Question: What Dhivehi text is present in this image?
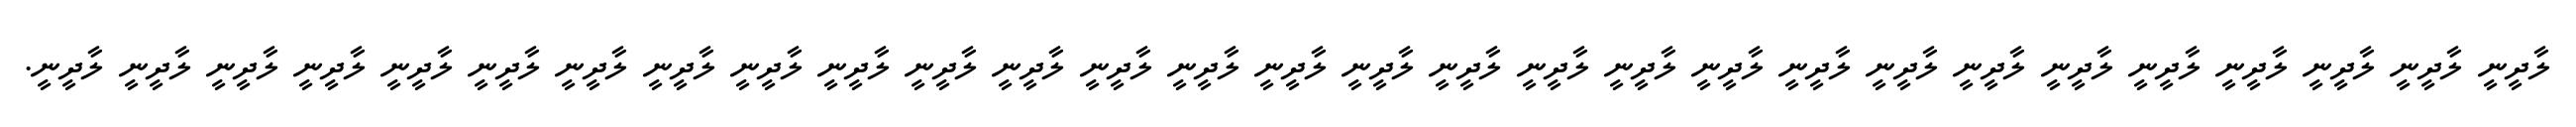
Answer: ލާދީނީ ލާދީނީ ލާދީނީ ލާދީނީ ލާދީނީ ލާދީނީ ލާދީނީ ލާދީނީ ލާދީނީ ލާދީނީ ލާދީނީ ލާދީނީ ލާދީނީ ލާދީނީ ލާދީނީ ލާދީނީ ލާދީނީ ލާދީނީ ލާދީނީ ލާދީނީ ލާދީނީ ލާދީނީ ލާދީނީ ލާދީނީ ލާދީނީ ލާދީނީ ލާދީނީ ލާދީނީ ލާދީނީ.